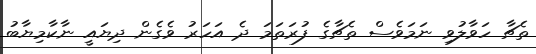
ތެޗާ ހަވާލުވި ނަމަވެސް ތެޗާގެ ފުރަތަމަ ދެ އަހަރު ވެގެން ދިޔައީ ނާކާމިޔާބު